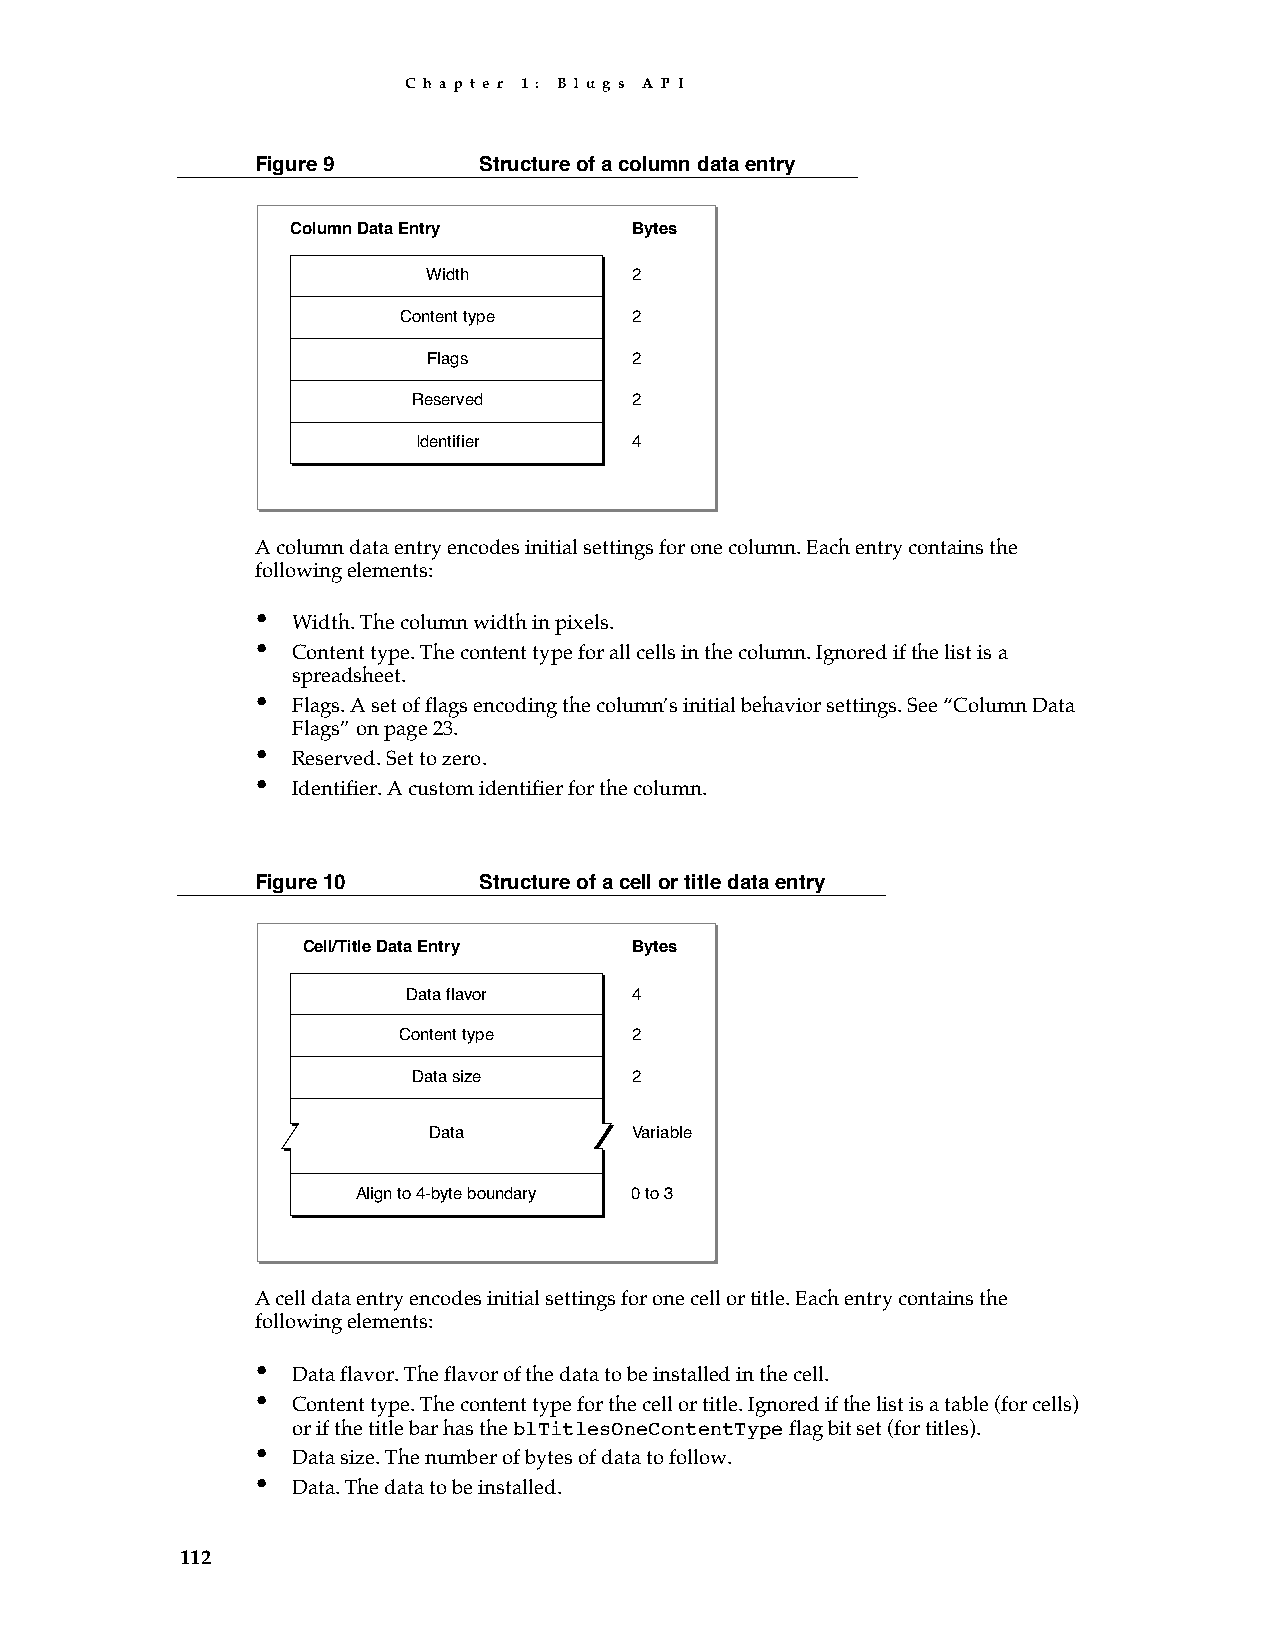
C h a p t e r 1 : B l u g s A P I
 Figure 9       Structure of a column data entry
 Column Data Entry      Bytes
 Width         2
 Content type   2
 Flags         2
 Reserved       2
 Identifier    4
 A column data entry encodes initial settings for one column. Each entry contains the
 following elements:
 •
 Width. The column width in pixels.
 •
 Content type. The content type for all cells in the column. Ignored if the list is a
 spreadsheet.
 •
 Flags. A set of flags encoding the column’s initial behavior settings. See “Column Data
 Flags” on page 23.
 •
 Reserved. Set to zero.
 •
 Identifier. A custom identifier for the column.
 Figure 10      Structure of a cell or title data entry
 Cell/Title Data Entry Bytes
 Data flavor    4
 Content type    2
 Data size      2
 Data          Variable
 Align to 4-byte boundary 0 to 3
 A cell data entry encodes initial settings for one cell or title. Each entry contains the
 following elements:
 •
 Data flavor. The flavor of the data to be installed in the cell.
 •
 Content type. The content type for the cell or title. Ignored if the list is a table (for cells)
 or if the title bar has the blTitlesOneContentType flag bit set (for titles).
 •
 Data size. The number of bytes of data to follow.
 •
 Data. The data to be installed.
 112